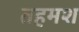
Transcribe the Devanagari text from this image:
तहमश